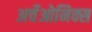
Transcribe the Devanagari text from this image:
अर्चेओनिक्स